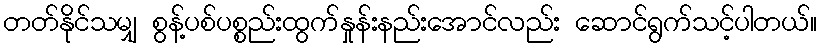
တတ်နိုင်သမျှ စွန့်ပစ်ပစ္စည်းထွက်နှုန်းနည်းအောင်လည်း ဆောင်ရွက်သင့်ပါတယ်။